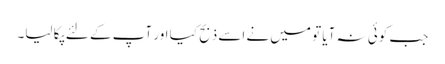
جب کوئی نہ آیا تو میں نے اسے ذبح کیا اور آپ کے لئے پکا لیا۔